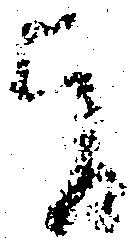
旨